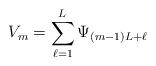
LaTeX: \begin{align*} V_m = \sum_{\ell = 1}^{L_{}} \Psi_{(m-1)L+\ell}\end{align*}